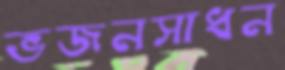
ভজনসাধন